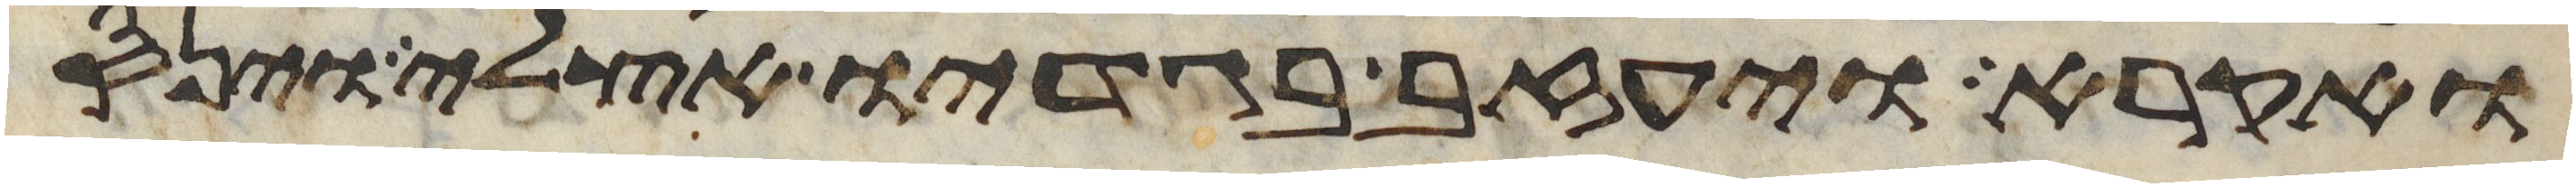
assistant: ואקרא ויעזב בגדיו אצלי וינס